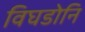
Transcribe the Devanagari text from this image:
विघडोनि